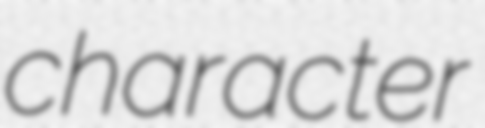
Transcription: character